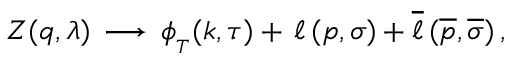
Z ( q , \lambda ) \, \longrightarrow \, \phi _ { _ T } ( k , \tau ) + \, \ell \, ( p , \sigma ) + \overline { { { \ell } } } \, ( { \overline { { { p } } } } , \overline { { { \sigma } } } ) \, ,